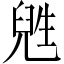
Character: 𬎸